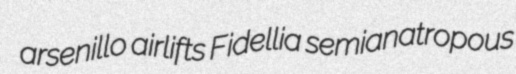
arsenillo airlifts Fidellia semianatropous